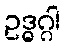
ဥဒ္ဓဂ္ဂါ